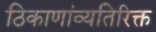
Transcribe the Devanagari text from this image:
ठिकाणांव्यतिरिक्त